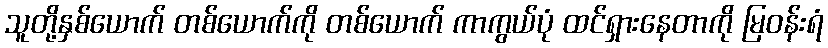
သူတို့နှစ်ယောက် တစ်ယောက်ကို တစ်ယောက် ကာကွယ်ပုံ ထင်ရှားနေတာကို မြဝန်းရံ